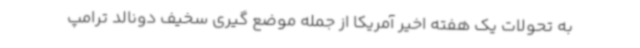
به تحولات یک هفته اخیر آمریکا از جمله موضع گیری سخیف دونالد ترامپ